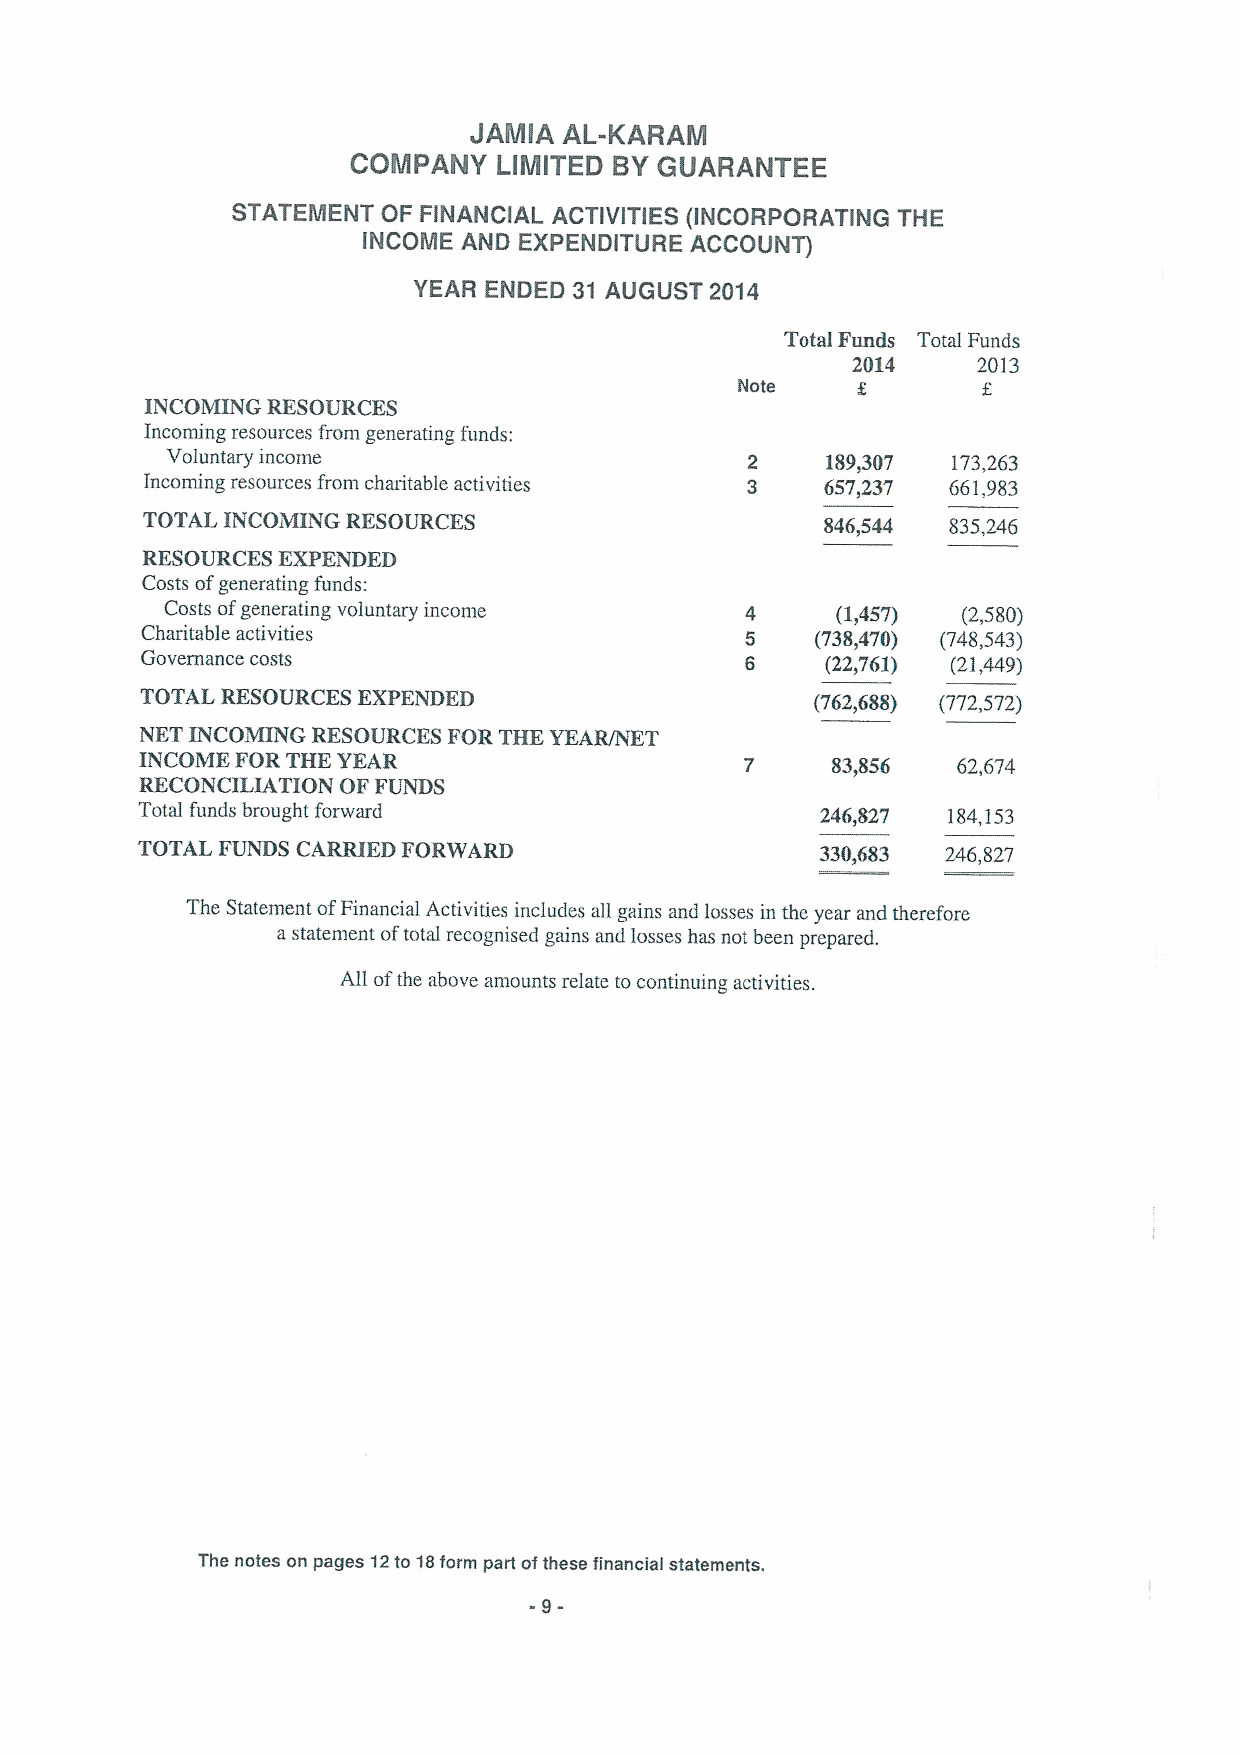
JAMIA AL-KARAM
 COMPANY   LIMITED BYGUARANTEE
 STATEMENT OF FINANCIAL ACTIVITIES (INCORPORATING THE
 INCOME AND EXPENDITURE ACCOUNT)
 YEAR ENDED 31 AUGUST 2014
 Total Funds Total Funds
 2014     2013
 Note            E
 INCOMING RESOURCES
 Incoming resources from generating funds:
 Voluntary income                            189,307 173,263
 Incoming resources from chatitable activities 657,237 661,983
 TOTAL INCOMING RESOURCES                      846,544 835,246
 RESOURCES EXPENDED
 Costs ofgenerating funds:
 Costs ofgenerating voluntary income         (1,457)  (2,580)
 Charitable activities                        (738,470) (748,543)
 Governance costs                              (22,761) (21,449)
 TOTAL RESOURCES EXPENDED                     (762,688) (772,572)
 NET INCOMING RESOURCES FOR THE YEAR/NET
 INCOME FOR THE YEAR                           83,856  62,674
 RECONCILIATION OF FUNDS
 Total funds brought forward                  246,827  184,153
 TOTAL FUNDS CARRIED FORWARD                  330,683  246,827
 The Statement ofFinancial Activities includes all gains and losses in the year and therefore
 a statement oftotal recognised gains and losses has not been prepared.
 All ofthe above amounts relate to continuing activities.
 The notes on pages 12to 18form part ofthese financial statements.